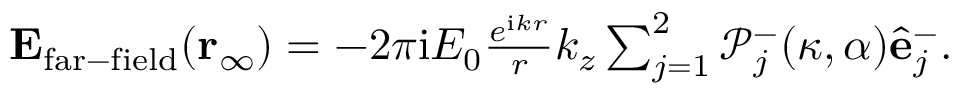
\begin{array} { r } { \mathbf { E _ { \mathrm { f a r - f i e l d } } } ( \mathbf { r _ { \infty } } ) = - 2 \pi \mathrm { i } E _ { 0 } \frac { e ^ { \mathrm { i } k r } } { r } k _ { z } \sum _ { j = 1 } ^ { 2 } \mathcal { P } _ { j } ^ { - } ( \kappa , \alpha ) \hat { \mathbf { e } } _ { j } ^ { - } . } \end{array}